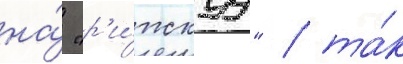
на́ "р'и́жскуу" / та́к